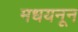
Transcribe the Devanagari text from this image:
मधयनून